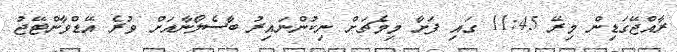
ރާއްޖޭގަޑިން މިރޭ 11:45 ގައި ފަށާ މިމެޗަށް ނިކުންނައިރު ބާސެލޯނާއަށް ވުރެ އޭޑްވާންޓޭޖު